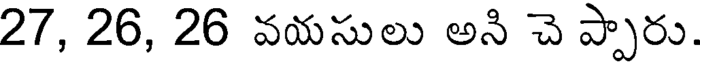
27, 26, 26 వయసులు అని చె ప్పారు.